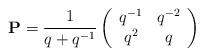
LaTeX: \begin{align*}{\bf P}=\frac{1}{q+q^{-1}}\left(\begin{array}{cc}q^{-1}&q^{-2}\\q^{2}&q\end{array}\right)\end{align*}